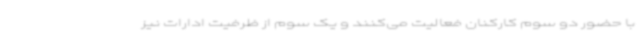
با حضور دو سوم کارکنان فعالیت می‌کنند و یک سوم از ظرفیت ادارات نیز